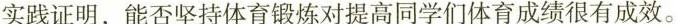
实践证明，能否坚持体育锻炼对提高同学们体育成绩很有成效。